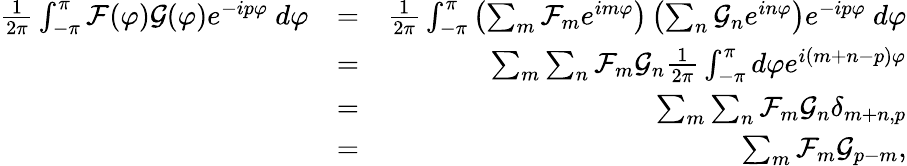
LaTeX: \begin{array}{rlr}{\frac{1}{2\pi}\int_{-\pi}^{\pi}\mathcal{F}(\varphi)\mathcal{G}(\varphi)e^{-ip\varphi}\ d\varphi}&{=}&{\frac{1}{2\pi}\int_{-\pi}^{\pi}\left(\sum_{m}\mathcal{F}_{m}e^{im\varphi}\right)\left(\sum_{n}\mathcal{G}_{n}e^{in\varphi}\right)e^{-ip\varphi}\ d\varphi}\\ &{=}&{\sum_{m}\sum_{n}\mathcal{F}_{m}\mathcal{G}_{n}\frac{1}{2\pi}\int_{-\pi}^{\pi}d\varphi e^{i(m+n-p)\varphi}}\\ &{=}&{\sum_{m}\sum_{n}\mathcal{F}_{m}\mathcal{G}_{n}\delta_{m+n,p}}\\ &{=}&{\sum_{m}\mathcal{F}_{m}\mathcal{G}_{p-m},}\end{array}